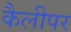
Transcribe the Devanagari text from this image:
कैलीपर